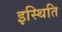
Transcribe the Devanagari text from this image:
इस्थिति